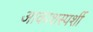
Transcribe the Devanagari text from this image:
आकाशस्पर्शी